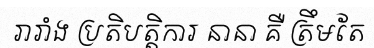
រារាំង ប្រតិបត្តិការ នានា គឺ ត្រឹមតែ